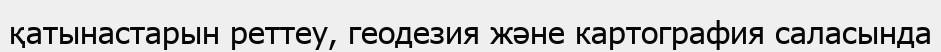
қатынастарын реттеу, геодезия және картография саласында